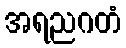
အရညဂတံ